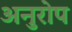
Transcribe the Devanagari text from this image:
अनुरोप